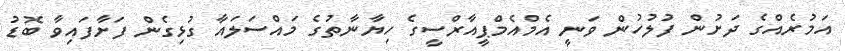
އަމުރެއްގެ ދަށުން ފުލުހުން ވަނީ އެމްއެމްޕީއާރްސީގެ ހިޔާނާތުގެ މައްސަލައާ ގުޅިގެން ފަށާފައިވާ ބޮޑު